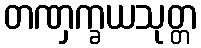
တဏှက္ခယသုတ္တ